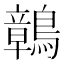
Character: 𪅂